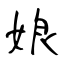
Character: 娘